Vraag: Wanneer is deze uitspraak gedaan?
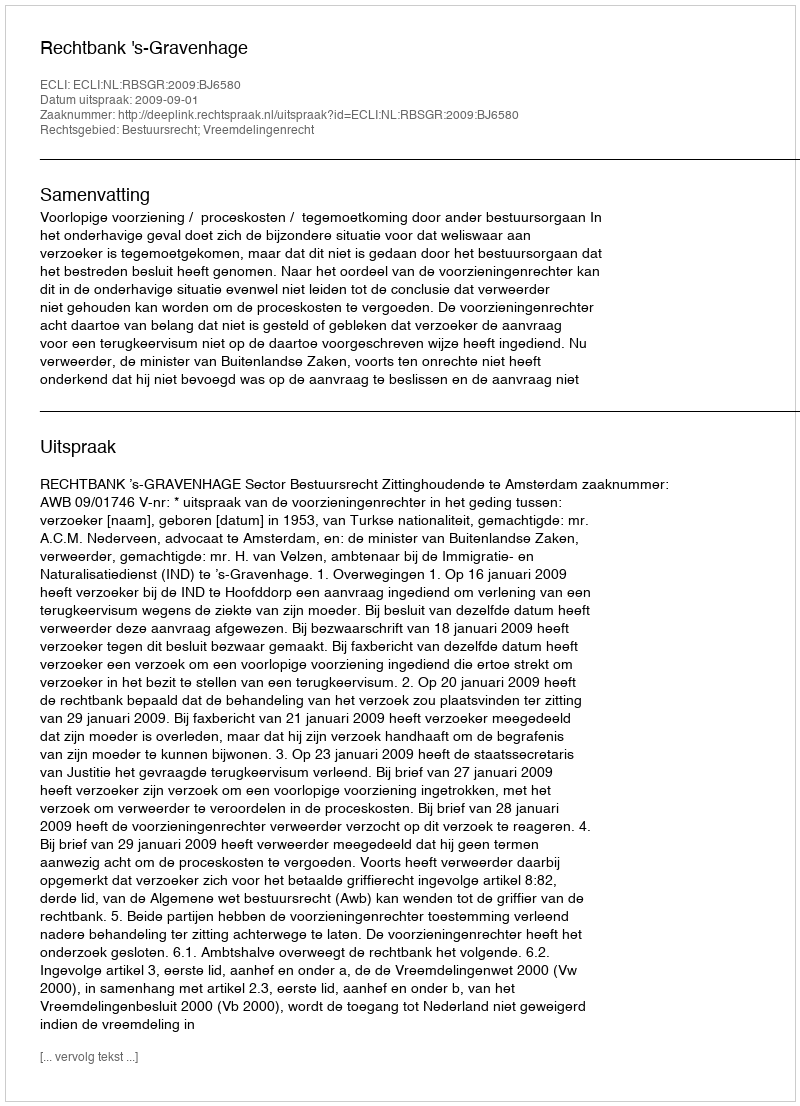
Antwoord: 2009-09-01